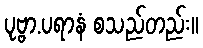
ပုဗ္ဗာ.ပရာနံ စသည်တည်း။